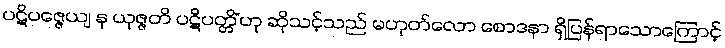
ပဋိပဇ္ဇေယျ န ယုဇ္ဇတိ ပဋိပတ္တိံ’ဟု ဆိုသင့်သည် မဟုတ်လော စောဒနာ ရှိပြန်ရာသောကြောင့်